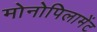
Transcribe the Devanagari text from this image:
मोनोपिलामेंट